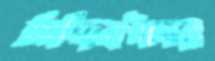
সিদ্দিকীদের